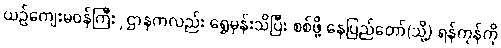
ယဉ်ကျေးမဝန်ကြီးှဌာနကလည်း ရွှေမှန်းသိပြီး စစ်ဖို့ နေပြည်တော်(သို့) ရန်ကုန်ကို